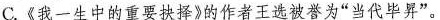
A.演讲词，是指在重要场合或群众集会上发表讲话的文稿。